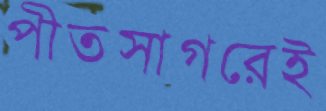
পীতসাগরেই